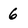
Character: 6